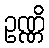
ဥဏ္ဏိ